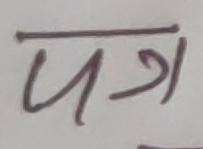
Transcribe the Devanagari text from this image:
पत्र